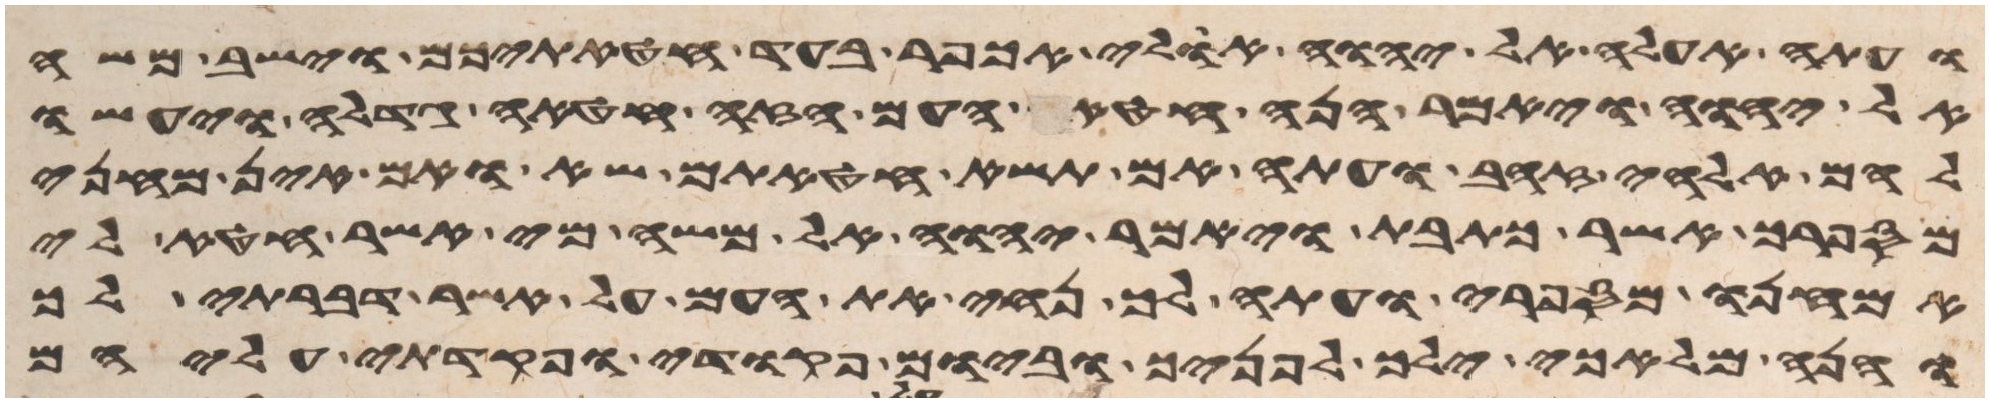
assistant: ועתה אעלה אל יהוה אולי אכפר בעד חטאתיכם וישב משה
אל יהוה ויאמר הנה חטא העם הזה חטאה גדלה ויעשו
להם אלהי זהב ועתה אם תשא חטאתם שא ואם אין מחני
מספרך אשר כתבת ויאמר יהוה אל משה מי אשר חטא לי
אמחנו מספרי ועתה לך נחה את העם על אשר דברתי לך
והנה מלאכי ילך לפניך וביום פקודי ופקדתי עליהם